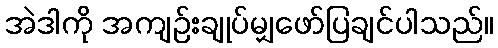
အဲဒါကို အကျဉ်းချုပ်မျှဖော်ပြချင်ပါသည်။